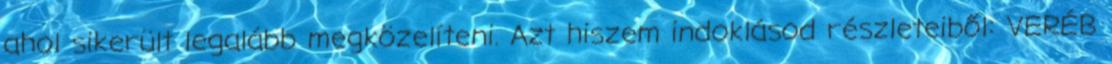
ahol sikerült legalább megközelíteni. Azt hiszem indoklásod részleteiből: VERÉB